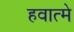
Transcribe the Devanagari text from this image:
हवात्मे